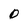
Character: O